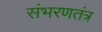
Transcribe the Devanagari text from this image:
संभरणतंत्र